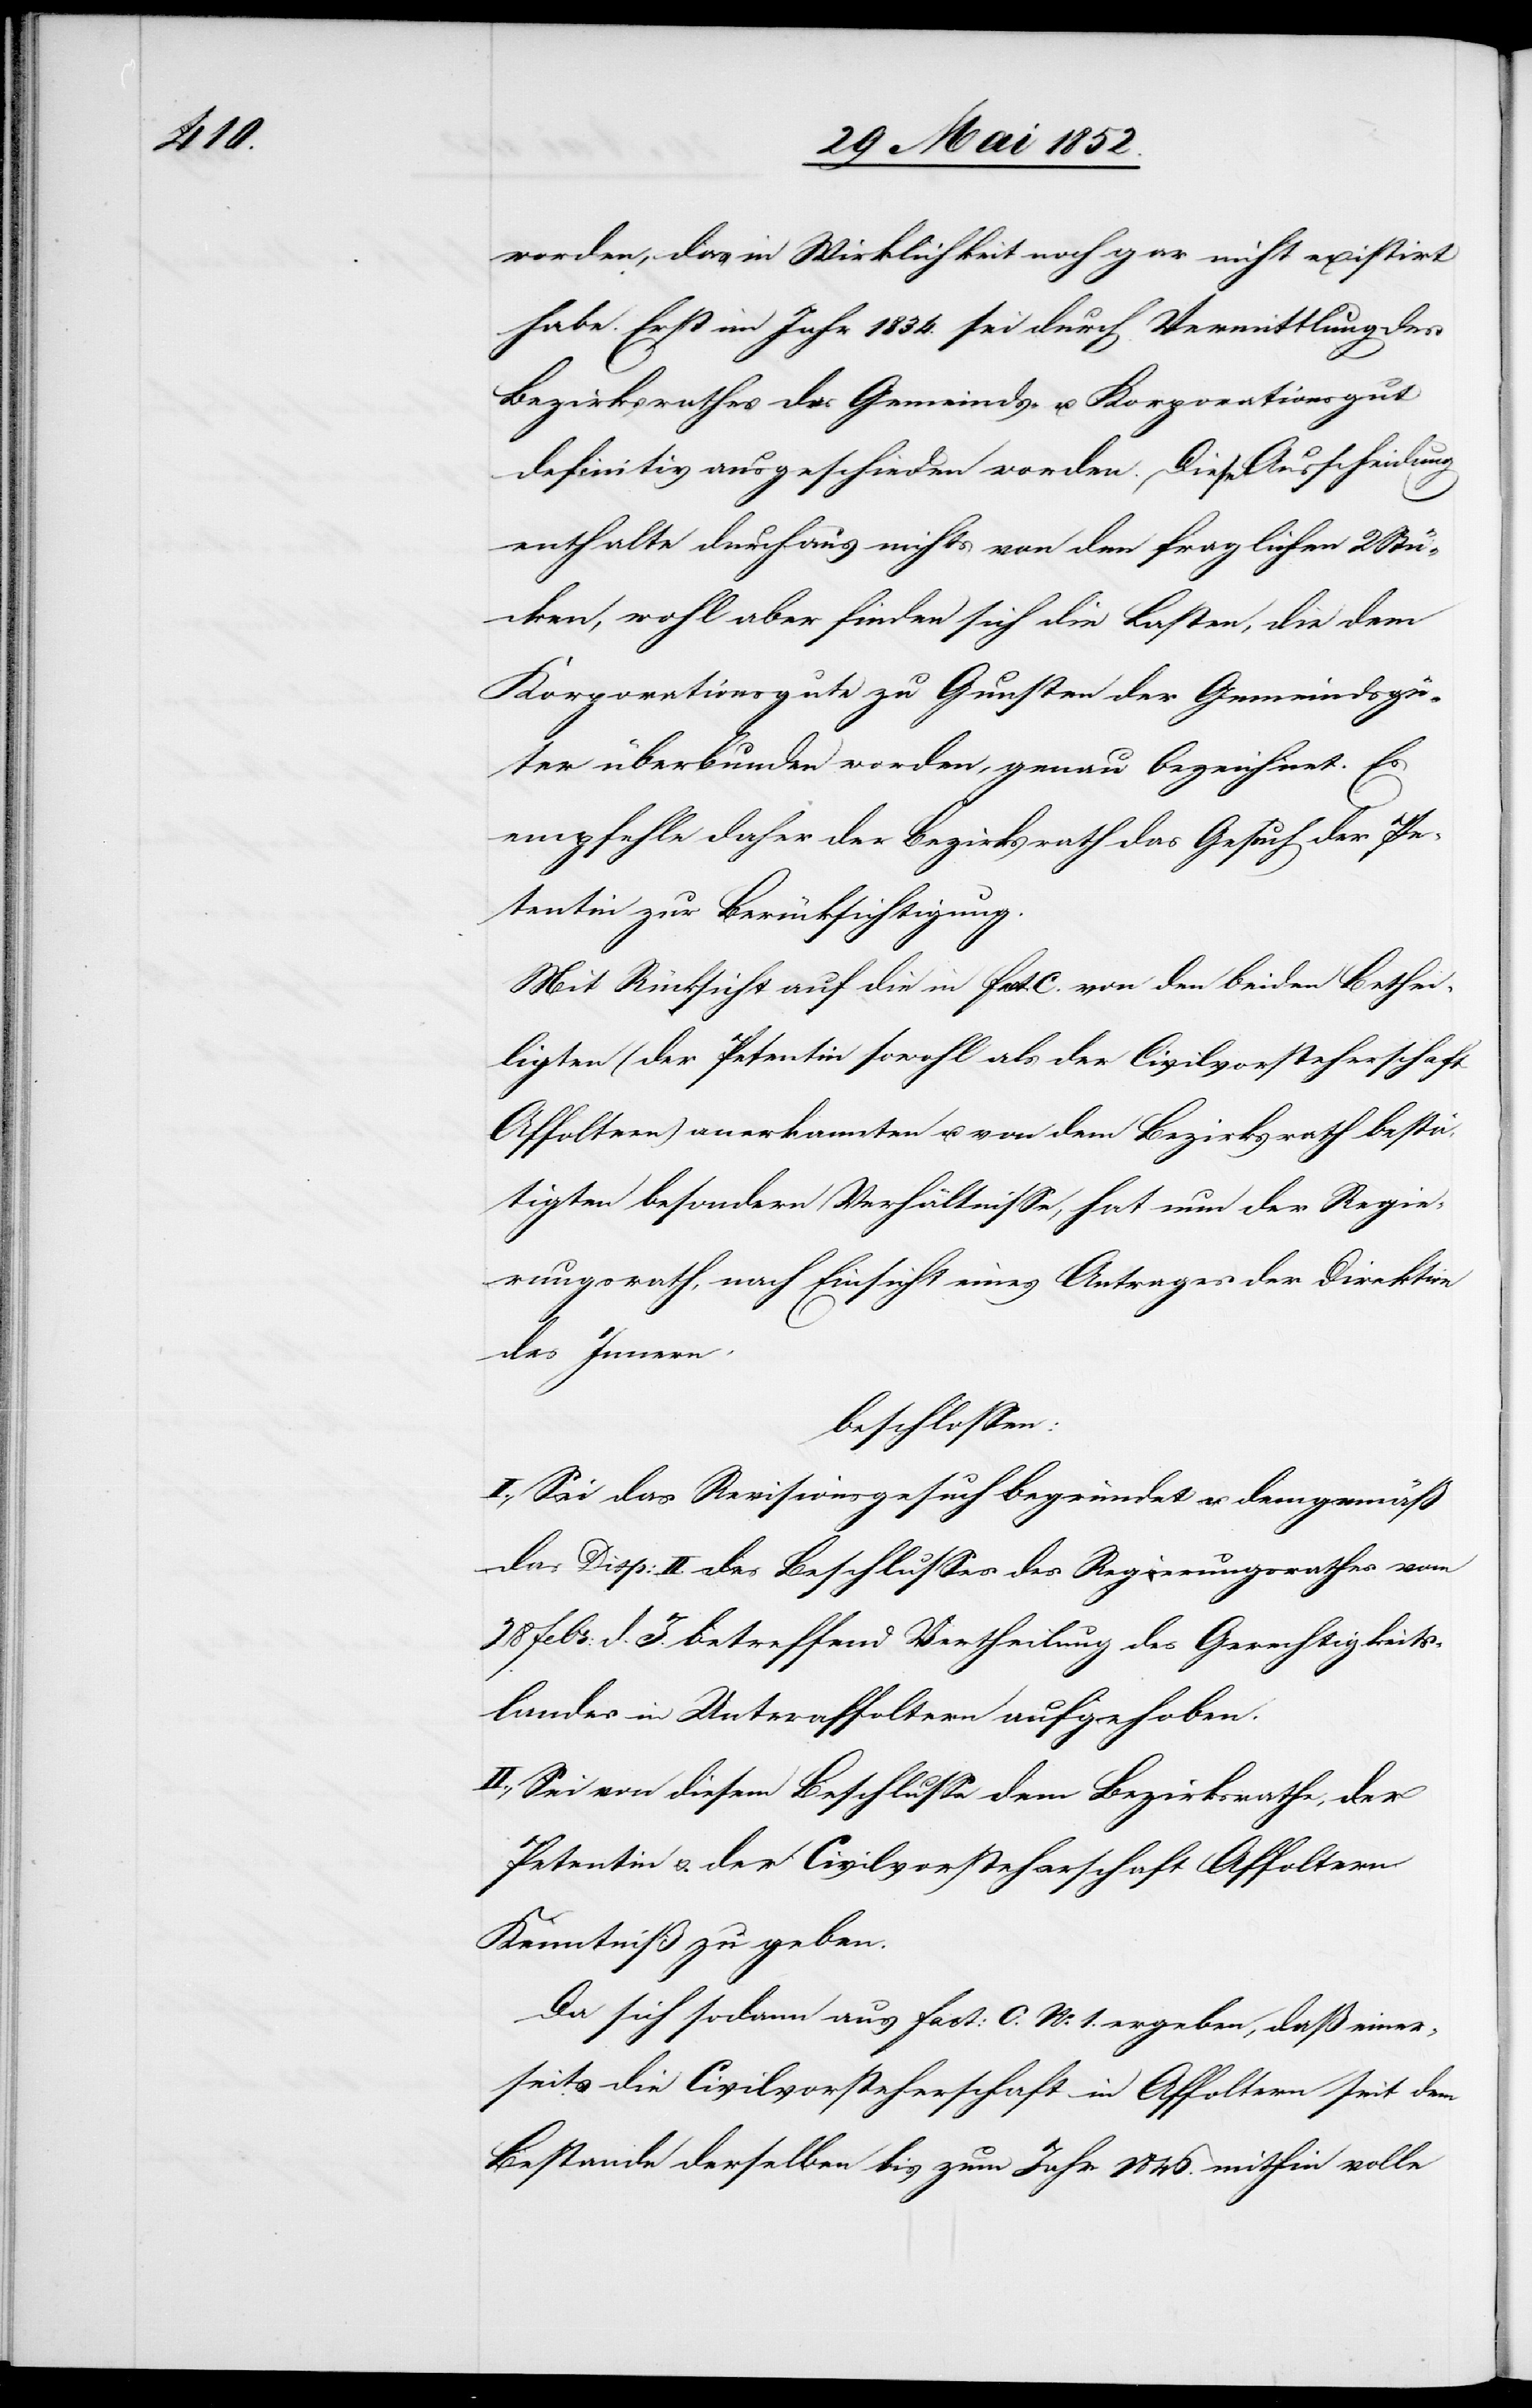
worden, das in Wirklichkeit noch gar nicht existirt
habe. Erst im Jahr 1834. sei durch Vermittlung des
Bezirksrathes das Gemeinds- u. Korporationsgut
definitiv ausgeschieden worden. Diese Ausscheidung
enthalte durchaus nichts von den fraglichen 2 Stü¬
cken, wohl aber finden sich die Lasten, die dem
Korporationsgute zu Gunsten der Gemeindsgü¬
ter überbunden worden, genau bezeichnet. Es
empfehle daher der Bezirksrath das Gesuch der Pe¬
tentin zur Berücksichtigung.
Mit Rücksicht auf die in fact C. von den beiden Bethei¬
ligten (der Petentin sowohl als der Civilvorsteherschaft
Affoltern) anerkannten u. von dem Bezirksrath bestä¬
tigten besondern Verhältnisse, hat nun der Regie¬
rungsrath, nach Einsicht eines Antrages der Direktion
des Innern,
beschlossen:
I., Sei das Revisionsgesuch begründet u. demgemäß
das Disp: II. des Beschlusses des Regierungsrathes vom
28 Febr: d. J. betreffend Vertheilung des Gerechtigkeits¬
landes in Unteraffoltern aufgehoben.
II., Sei von diesem Beschlusse dem Bezirksrathe, der
Petentin & der Civilvorsteherschaft Affoltern
Kenntniß zu geben.
Da sich sodann aus fact: C. No. 1. ergeben, daß einer¬
seits die Civilvorsteherschaft in Affoltern seit dem
Bestande derselben bis zum Jahr 1846. mithin volle